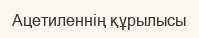
Ацетиленнің құрылысы